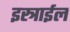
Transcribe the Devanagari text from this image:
इस्त्राईल